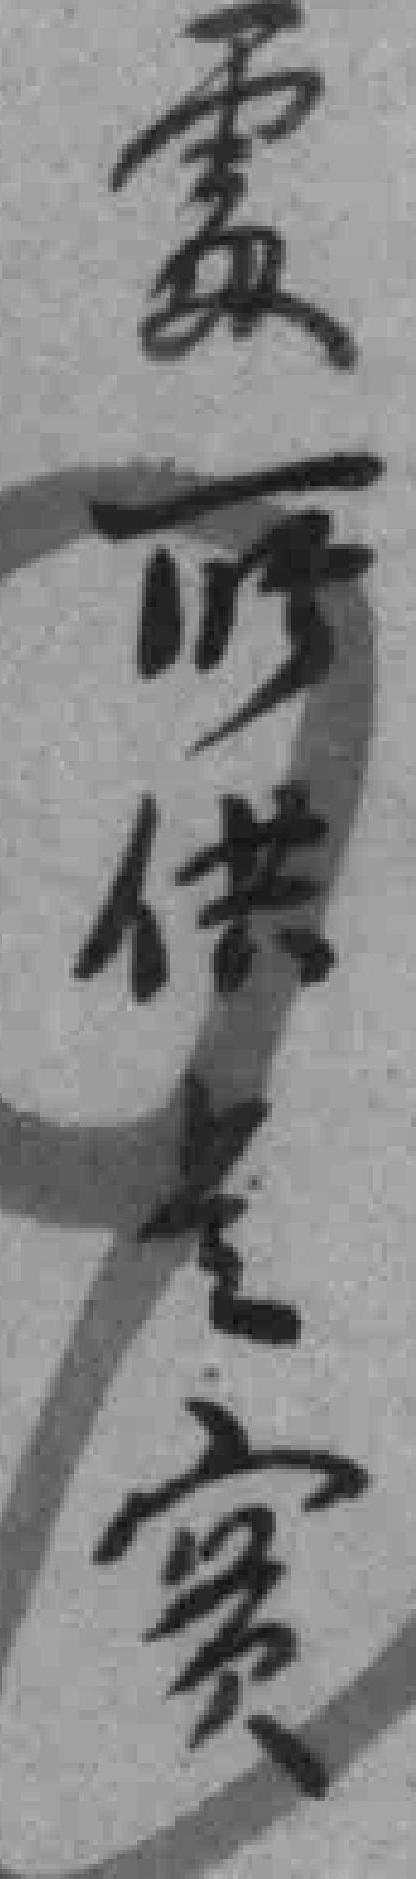
處所供是實